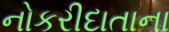
નોકરીદાતાના